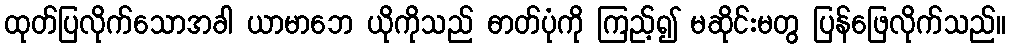
ထုတ်ပြလိုက်သောအခါ ယာမာဘေ ယိုကိုသည် ဓာတ်ပုံကို ကြည့်၍ မဆိုင်းမတွ ပြန်ဖြေလိုက်သည်။